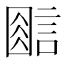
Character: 𰴿